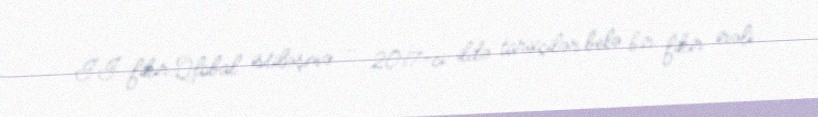
II fikir:Qlobal istiləşmə — 2017-ci ildə tarixçilər belə bir fikir irəli